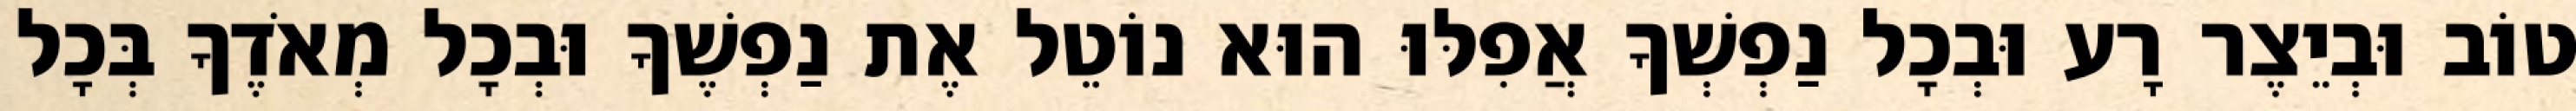
טוֹב וּבְיֵצֶר רָע וּבְכָל נַפְשְׁךָ אֲפִלּוּ הוּא נוֹטֵל אֶת נַפְשֶׁךָ וּבְכָל מְאֹדֶךָ בְּכָל